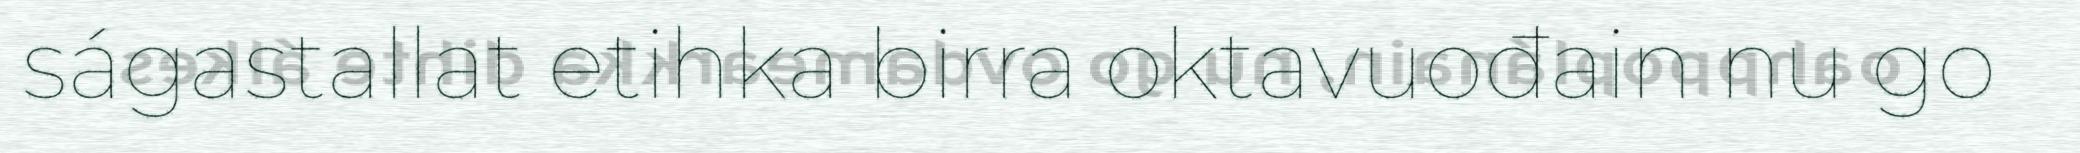
ságastallat etihka birra oktavuođain nu go